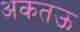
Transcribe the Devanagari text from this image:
अकतऊ